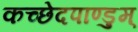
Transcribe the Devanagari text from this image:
कच्छेदपाण्डुम्